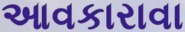
આવકારાવા